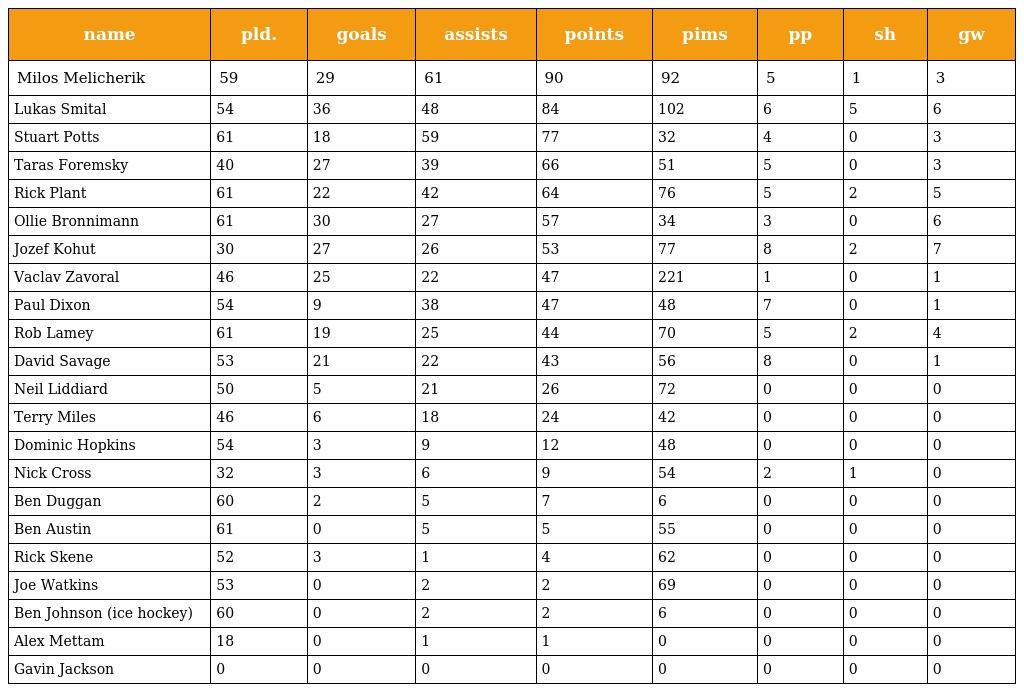
| name | pld. | goals | assists | points | pims | pp | sh | gw |
 | --- | --- | --- | --- | --- | --- | --- | --- | --- |
 | Milos Melicherik | 59 | 29 | 61 | 90 | 92 | 5 | 1 | 3 |
 | Lukas Smital | 54 | 36 | 48 | 84 | 102 | 6 | 5 | 6 |
 | Stuart Potts | 61 | 18 | 59 | 77 | 32 | 4 | 0 | 3 |
 | Taras Foremsky | 40 | 27 | 39 | 66 | 51 | 5 | 0 | 3 |
 | Rick Plant | 61 | 22 | 42 | 64 | 76 | 5 | 2 | 5 |
 | Ollie Bronnimann | 61 | 30 | 27 | 57 | 34 | 3 | 0 | 6 |
 | Jozef Kohut | 30 | 27 | 26 | 53 | 77 | 8 | 2 | 7 |
 | Vaclav Zavoral | 46 | 25 | 22 | 47 | 221 | 1 | 0 | 1 |
 | Paul Dixon | 54 | 9 | 38 | 47 | 48 | 7 | 0 | 1 |
 | Rob Lamey | 61 | 19 | 25 | 44 | 70 | 5 | 2 | 4 |
 | David Savage | 53 | 21 | 22 | 43 | 56 | 8 | 0 | 1 |
 | Neil Liddiard | 50 | 5 | 21 | 26 | 72 | 0 | 0 | 0 |
 | Terry Miles | 46 | 6 | 18 | 24 | 42 | 0 | 0 | 0 |
 | Dominic Hopkins | 54 | 3 | 9 | 12 | 48 | 0 | 0 | 0 |
 | Nick Cross | 32 | 3 | 6 | 9 | 54 | 2 | 1 | 0 |
 | Ben Duggan | 60 | 2 | 5 | 7 | 6 | 0 | 0 | 0 |
 | Ben Austin | 61 | 0 | 5 | 5 | 55 | 0 | 0 | 0 |
 | Rick Skene | 52 | 3 | 1 | 4 | 62 | 0 | 0 | 0 |
 | Joe Watkins | 53 | 0 | 2 | 2 | 69 | 0 | 0 | 0 |
 | Ben Johnson (ice hockey) | 60 | 0 | 2 | 2 | 6 | 0 | 0 | 0 |
 | Alex Mettam | 18 | 0 | 1 | 1 | 0 | 0 | 0 | 0 |
 | Gavin Jackson | 0 | 0 | 0 | 0 | 0 | 0 | 0 | 0 |